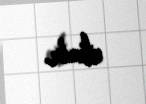
etmir.